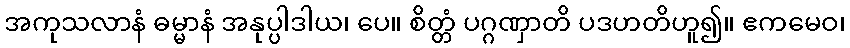
အကုသလာနံ ဓမ္မာနံ အနုပ္ပါဒါယ၊ ပေ။ စိတ္တံ ပဂ္ဂဏှာတိ ပဒဟတိဟူ၍။ ဧကမေဝ၊